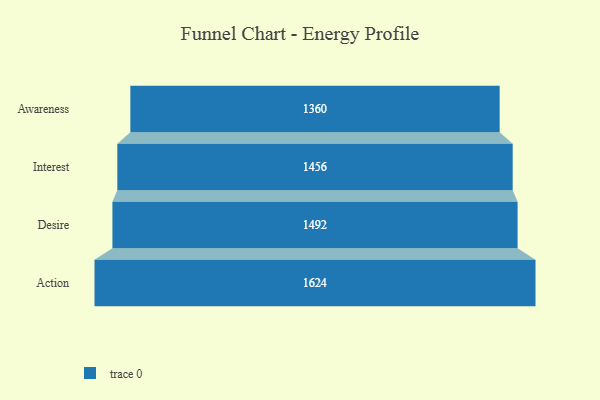
{"axis": {"x": "Stage", "y": "Value"}, "legend": [""], "data": [{"x": "Awareness", "y": 1360.0, "type": ""}, {"x": "Interest", "y": 1456.0, "type": ""}, {"x": "Desire", "y": 1492.0, "type": ""}, {"x": "Action", "y": 1624.0, "type": ""}]}